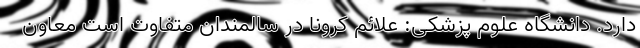
دارد. دانشگاه علوم پزشکی: علائم کرونا در سالمندان متفاوت است معاون